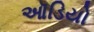
ઑડિયો